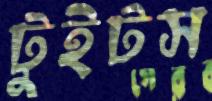
টুইটস